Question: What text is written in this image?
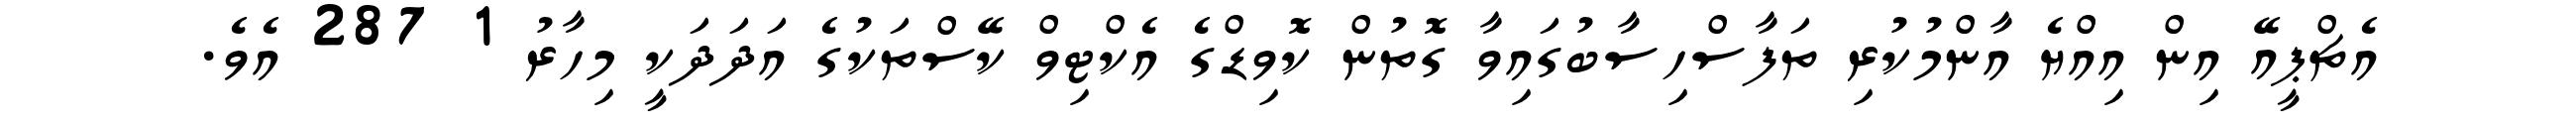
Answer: އެޗްޕީއޭ އިން އިއްޔެ އާންމުކުރި ތަފާސްހިސާބުގައިވާ ގޮތުން ކޮވިޑްގެ އެކްޓިވް ކޭސްތަކުގެ އަދަދަކީ މިހާރު 1 287 އެވެ.